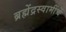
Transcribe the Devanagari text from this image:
ब्रह्मेंद्रस्वामींचें